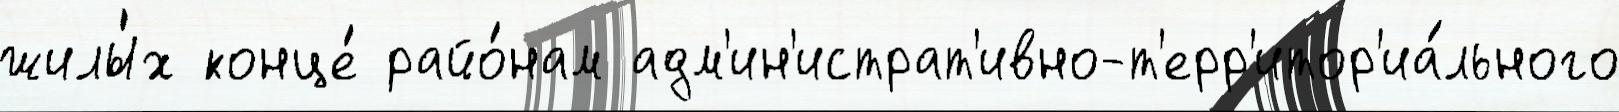
жилы́х конце́ райо́нам адм'ин'истрат'ивно-т'ерр'итор'иа́льного